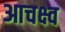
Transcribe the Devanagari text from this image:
आचक्ष्व